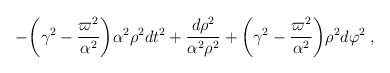
\begin{align*}-{\biggl (}\gamma^2-\frac{\varpi^2}{\alpha^2} {\biggr )} \alpha^2 \rho^2 dt^2+ \frac{d \rho^2}{ \alpha^2 \rho^2}+{\biggl (}\gamma^2-\frac{\varpi^2}{\alpha^2} {\biggr )} \rho^2 d \varphi^2 \:, \end{align*}